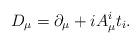
LaTeX: \begin{align*}D_{\mu} = \partial_{\mu} + i A_{\mu}^i t_i .\end{align*}